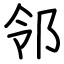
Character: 邻